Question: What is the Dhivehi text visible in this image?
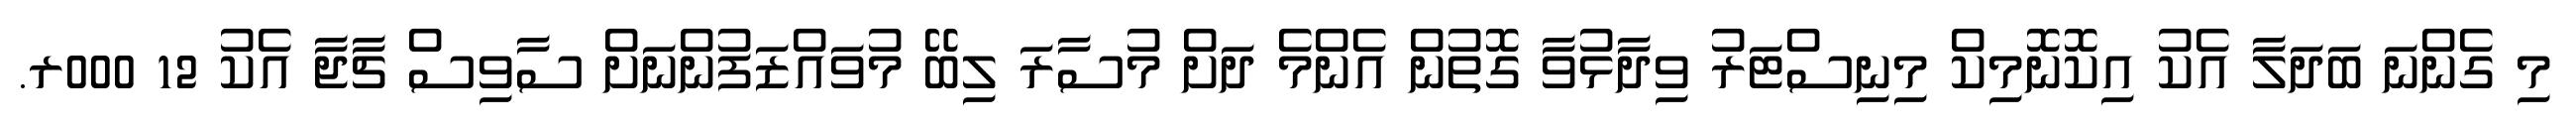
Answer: މި ގެންނަ ބަދަލާ އެކު އިކޮނޮމިކް މިނިސްޓަރު ވިދާޅުވާ ގޮތުން އެންމެ ދަށް މުސާރަ ލިބޭ މުވައްޒަފުންނަށް ސާވިސް ޗާޖާ އެކު 12 000ރ.